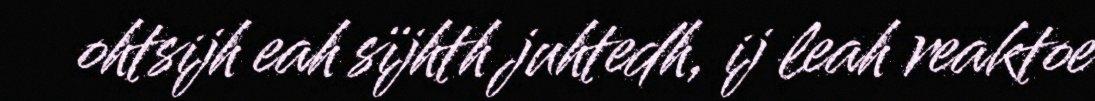
ohtsijh eah sïjhth juhtedh, ij leah reaktoe